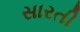
સારતી